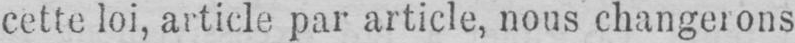
cette loi, article par article, nous changerons